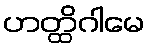
ဟတ္ထိဂါမေ